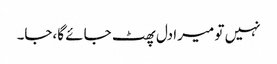
نہیں تو میرا دل پھٹ جائے گا،جا۔